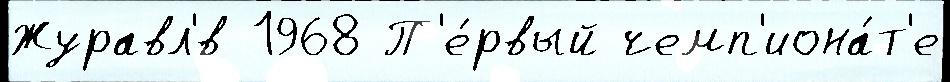
Журавл'́в 1968 П'е́рвый чемп'иона́т'е